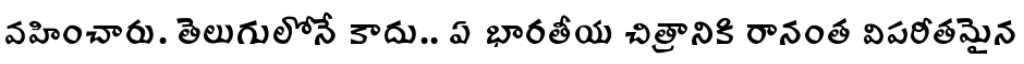
వహించారు. తెలుగులోనే కాదు.. ఏ భారతీయ చిత్రానికి రానంత విపరీతమైన